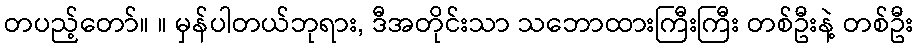
တပည့်တော်။ ။ မှန်ပါတယ်ဘုရား, ဒီအတိုင်းသာ သဘောထားကြီးကြီး တစ်ဦးနဲ့ တစ်ဦး